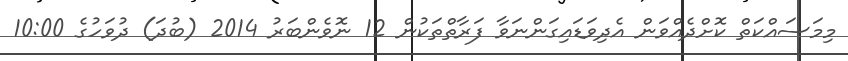
މިމަސައްކަތް ކޮށްދެއްވަން އެދިވަޑައިގަންނަވާ ފަރާތްތަކުން 12 ނޮވެންބަރު 2014 (ބުދަ) ދުވަހުގެ 10:00